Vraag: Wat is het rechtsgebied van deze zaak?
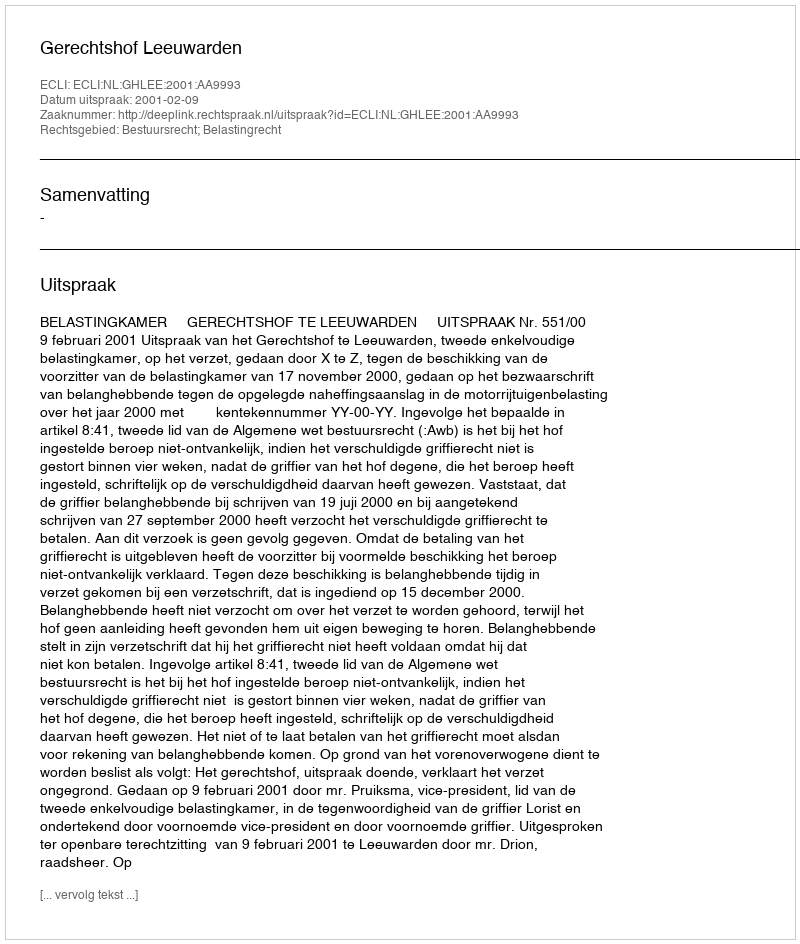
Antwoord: Bestuursrecht; Belastingrecht